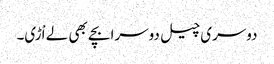
دوسری چیل دوسرا بچے بھی لے اْڑی۔